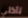
تأكلي